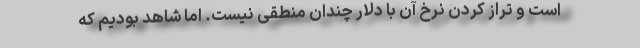
است و تراز کردن نرخ آن با دلار چندان منطقی نیست. اما شاهد بودیم که